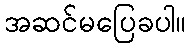
အဆင်မပြေခပါ။